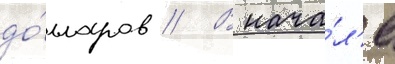
до́лларов // В нача́л'е